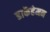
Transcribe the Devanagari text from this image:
डार्केहेमन